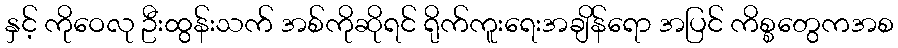
နှင့် ကိုဝေလု ဦးထွန်းသက် အစ်ကိုဆိုရင် ရိုက်ကူးရေးအချိန်ရော အပြင် ကိစ္စတွေကအစ